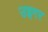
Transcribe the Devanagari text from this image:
उइगर